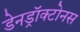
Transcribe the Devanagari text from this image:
डेनड्रॉक्टोनस